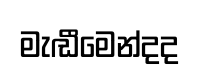
මැඬීමෙන්දද